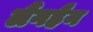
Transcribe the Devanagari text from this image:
लैंगहैन